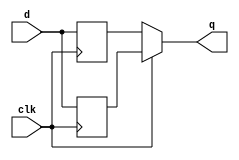
module top_module (
    input clk,
    input d,
    output q
);
    reg pos_edge,neg_edge;

    always @(posedge clk) begin
        pos_edge <= d;
    end

    always @(negedge clk) begin
        neg_edge <= d;
    end

    assign q = clk ? pos_edge : neg_edge;
    
endmodule